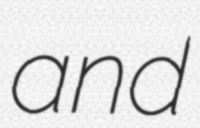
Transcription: and